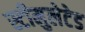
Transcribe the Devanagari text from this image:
स्टीमुलेटेड